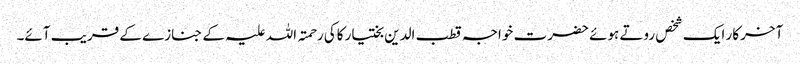
آخر کار ایک شخص روتے ہوئے حضرت خواجہ قطب الدین بختیار کاکی رحمتہ اللہ علیہ کے جنازے کے قریب آئے۔